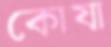
কোষা